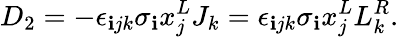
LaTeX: D_{2}=-\epsilon_{\mathbf{i}jk}\sigma_{\mathbf{i}}x_{j}^{L}J_{k}=\epsilon_{\mathbf{i}jk}\sigma_{\mathbf{i}}x_{j}^{L}L_{k}^{R}.